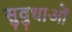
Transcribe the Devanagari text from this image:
सुवुधाओं